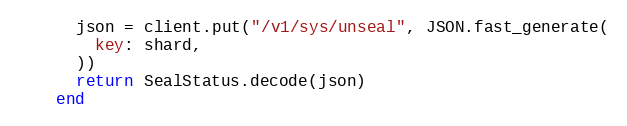
Language: Ruby
      json = client.put("/v1/sys/unseal", JSON.fast_generate(
        key: shard,
      ))
      return SealStatus.decode(json)
    end